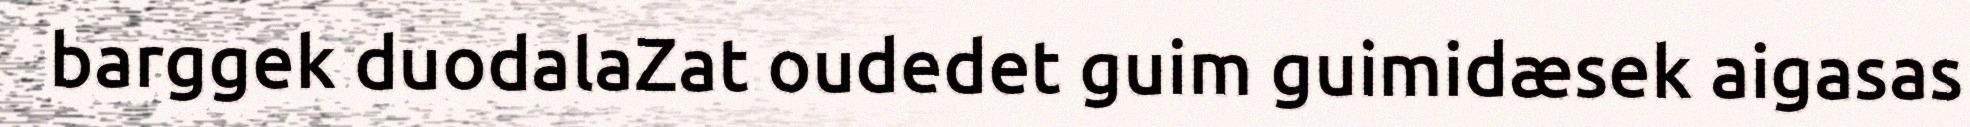
barggek duodalaZat oudedet guim guimidæsek aigasas